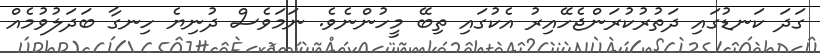
ގަދަ ކަނޑުގައި ދަތުރުކުރަންޖެހޭއިރު އެކުގައި ތިބޭ މީހުންނެވެ. ނަމަވެސް ދުނިޔެ ހިނގާ ބަދަލުވުމެއް